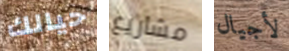
حيالك مشاريع لأجيال